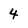
Character: 4